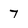
Character: 7